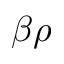
\beta \rho